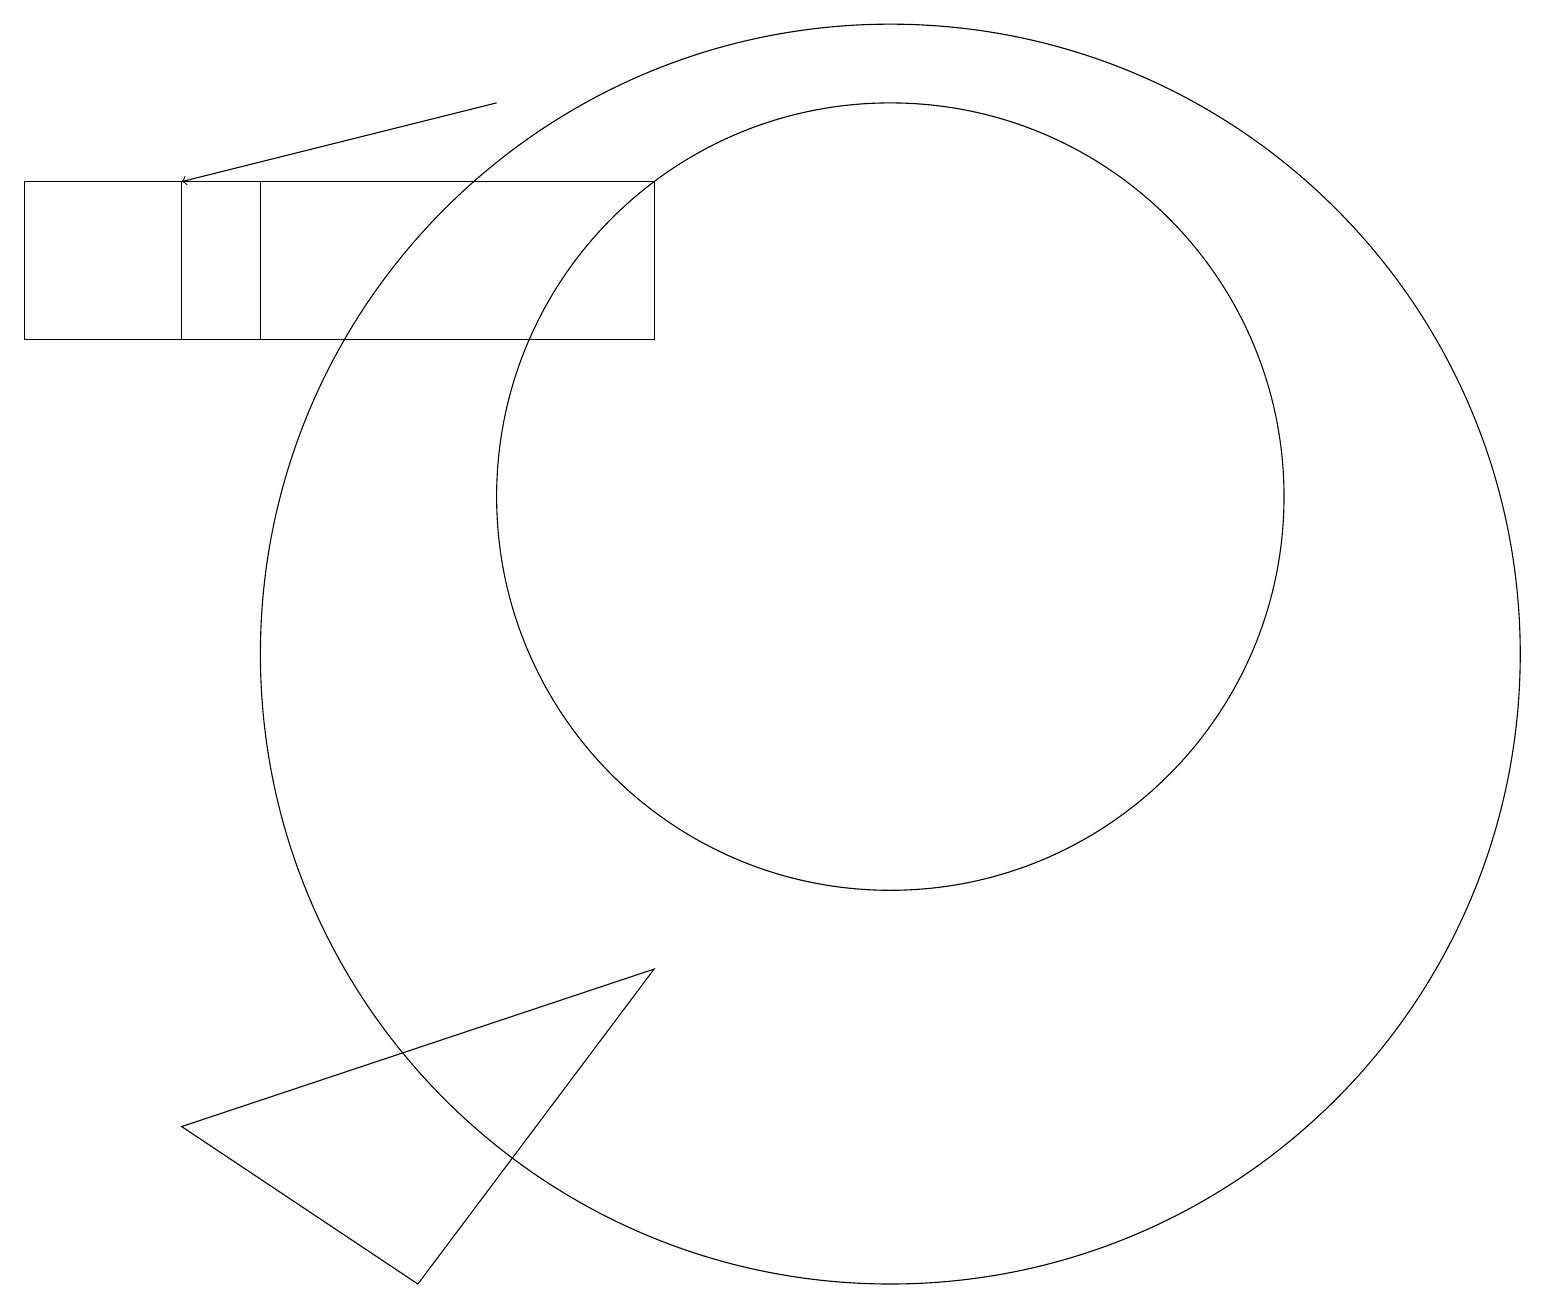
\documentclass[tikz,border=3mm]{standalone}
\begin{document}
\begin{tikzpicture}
\draw (2,16) rectangle (8,14);
\draw (11,10) circle (8);
\draw (11,12) circle (5);
\draw (0,16) rectangle (3,14);
\draw[->] (6,17) -- (2,16);
\draw (5,2) -- (2,4) -- (8,6) -- cycle;
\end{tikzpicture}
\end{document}